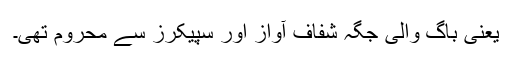
یعنی باگ والی جگہ شفاف آواز اور سپیکرز سے محروم تھی۔